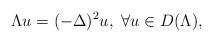
LaTeX: \begin{align*}\Lambda u=(-\Delta)^2 u,\ \forall u\in D(\Lambda),\end{align*}